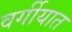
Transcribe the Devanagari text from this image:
वर्गीयात